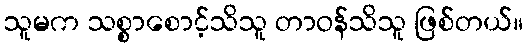
သူမက သစ္စာစောင့်သိသူ တာဝန်သိသူ ဖြစ်တယ်။